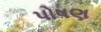
પોષણ